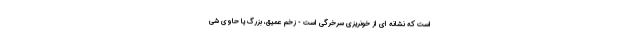
است که نشانه ای از خونریزی سرخرگی است - زخم عمیق، بزرگ یا حاوی شی